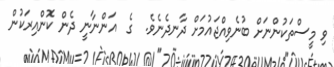
ވި މީސްތަކުންނަށް ބުނެވިއްޖައުމަށް ދާނދެނެވެ.  ގެ  އަންނާނީ ދެން ކޮންއިރަކުން